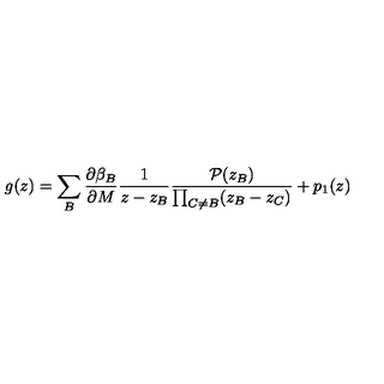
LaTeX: g ( z ) = \sum _ { B } \frac { \partial \beta _ { B } } { \partial M } \frac { 1 } { z - z _ { B } } \frac { { \cal P } ( z _ { B } ) } { \prod _ { C \neq B } ( z _ { B } - z _ { C } ) } + p _ { 1 } ( z )